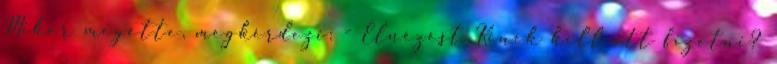
Mikor megette, megkérdezi: - Elnézést Kinek kell itt fizetni?